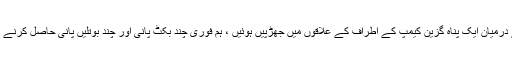
جب بھی سنگباری کرنے والے بچوں اور اسرائیلی قبضہ گیر طاقتوں کے درمیان ایک پناہ گزین کیمپ کے اطراف کے علاقوں میں جھڑپیں ہوئیں ، ہم فوری چند بکٹ پانی اور چند بوتلیں پانی حاصل کرنے کیلئے وہاں پہنچ جاتے تھے کیونکہ گھر کے اطراف پانی پھینکا جاتا تھا۔